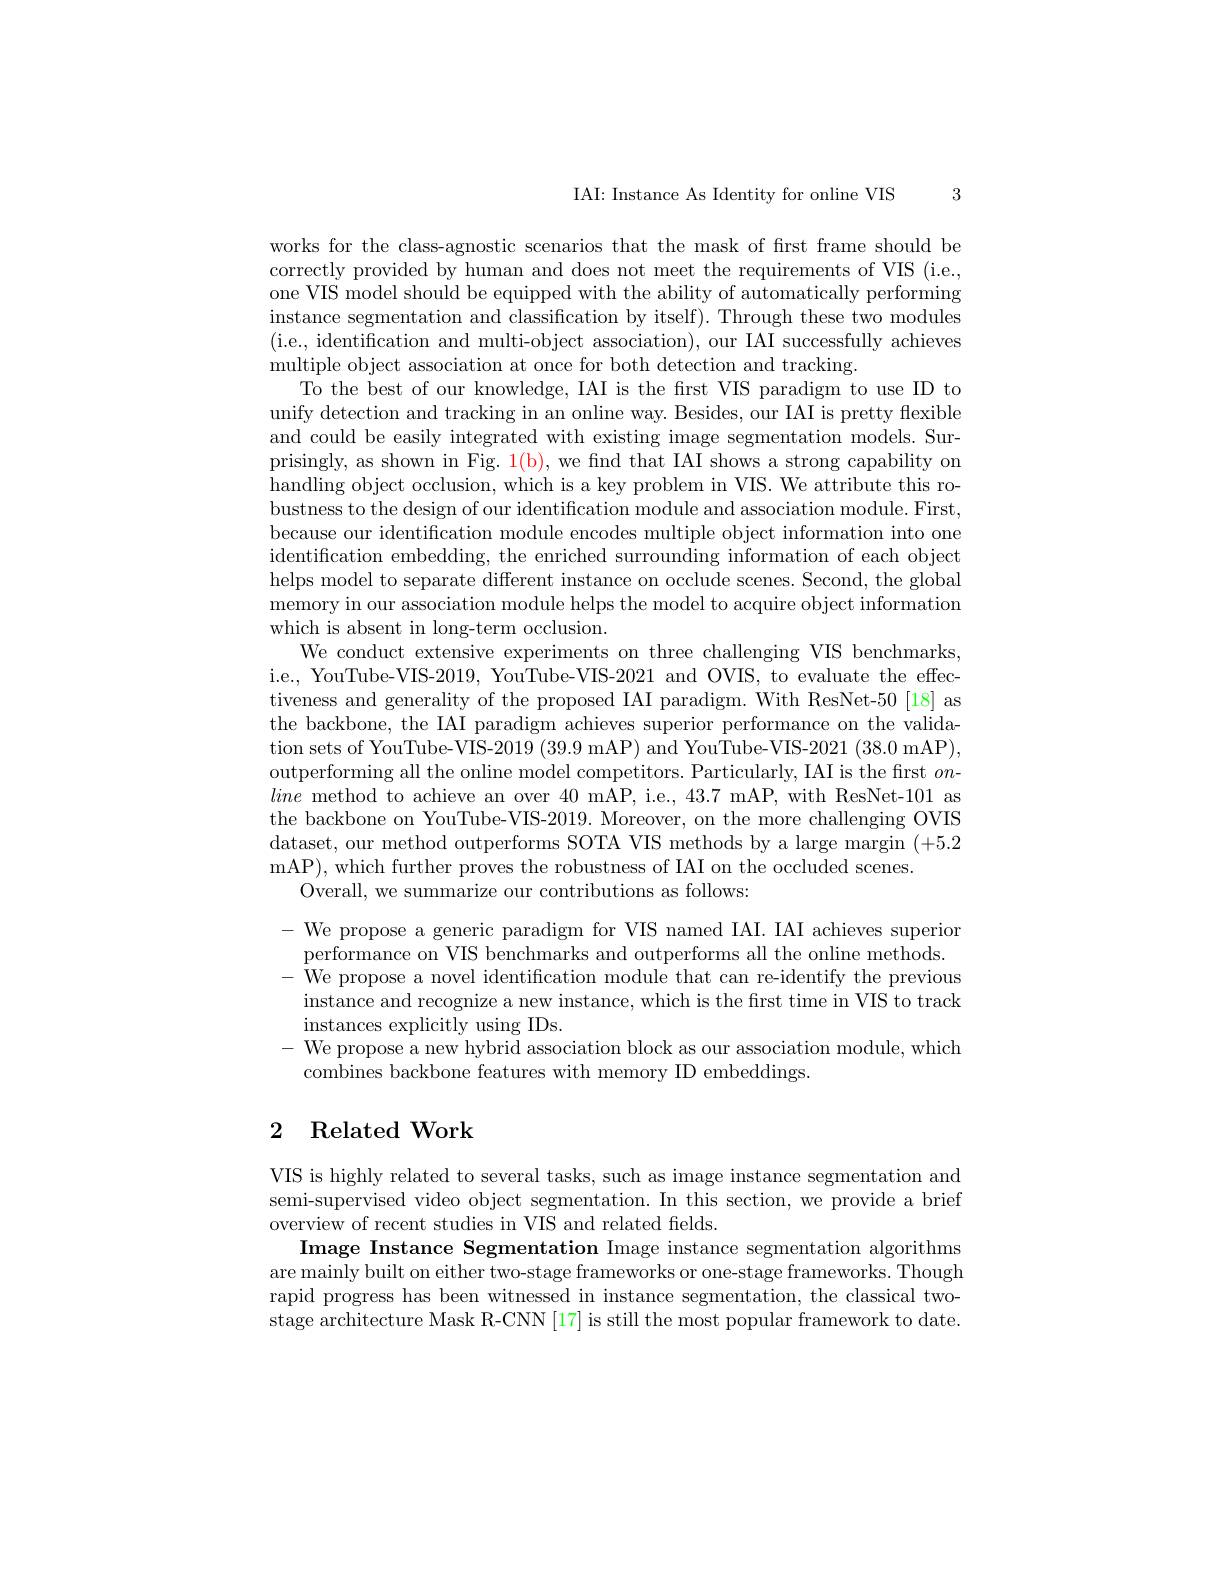
IAI: Instance As Identity for online VIS

3

To the best of our knowledge, IAI is the first VIS paradigm to use ID to

works for the class-agnostic scenarios that the mask of first frame should be correctly provided by human and does not meet the requirements of VIS (i.e., one VIS model should be equipped with the ability of automatically performing instance segmentation and classification by itself). Through these two modules ( i. e. , identification and multi- object association) , our IAI successfully achieves multiple object association at once for both detection and tracking.
unify detection and tracking in an online way. Besides, our IAI is pretty flexible and could be easily integrated with existing image segmentation models. Surprisingly, as shown in Fig. $\color{red}1(\mathrm{b})$, we find that IAI shows a strong capability on handling object occlusion, which is a key problem in VIS. We attribute this robustness to the design of our identification module and association module. First, because our identification module encodes multiple object information into one identification embedding, the enriched surrounding information of each object helps model to separate different instance on occlude scenes. Second, the global memory in our association module helps the model to acquire object information which is absent in long-term occlusion.
We conduct extensive experiments on three challenging VIS benchmarks, i.e., YouTube-VIS-2019, YouTube-VIS-2021 and OVIS, to evaluate the effectiveness and generality of the proposed IAI paradigm. With ResNet-50 [18] as the backbone, the IAI paradigm achieves superior performance on the validation sets of YouTube-VIS-2019 (39.9 mAP) and YouTube-VIS-2021 (38.0 mAP), outperforming all the online model competitors. Particularly, IAI is the first $on$- line method to achieve an over 40 mAP, i.e., 43.7 mAP, with ResNet-101 as the backbone on YouTube-VIS-2019. Moreover, on the more challenging OVIS dataset, our method outperforms SOTA VIS methods by a large margin (+5.2 mAP), which further proves the robustness of IAI on the occluded scenes.
Overall, we summarize our contributions as follows:
- We propose a generic paradigm for VIS named IAI. IAI achieves superior

performance on VIS benchmarks and outperforms all the online methods. - We propose a novel identification module that can re-identify the previous instance and recognize a new instance, which is the frst time in VIS to track instances explicitly using IDs.
- We propose a new hybrid association block as our association module, which
combines backbone features with memory ID embeddings.

## 2 Related Work

VIS is highly related to several tasks, such as image instance segmentation and semi-supervised video object segmentation. In this section, we provide a brief overview of recent studies in VIS and related felds.
Image Instance Segmentation Image instance segmentation algorithms are mainly built on either two-stage frameworks or one-stage frameworks. Though rapid progress has been witnessed in instance segmentation, the classical twostage architecture Mask R-CNN [17] is still the most popular framework to date.